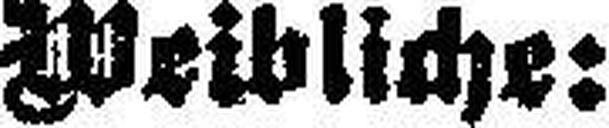
Weibliche: